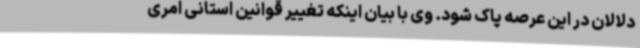
دلالان در این عرصه پاک شود. وی با بیان اینکه تغییر قوانین استانی امری